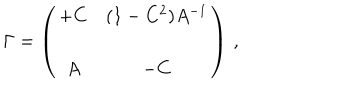
\Gamma = \left( \begin{matrix} { { + C } } & { { ( 1 - C ^ { 2 } ) A ^ { - 1 } } } \\ { { A } } & { { - C } } \\ \end{matrix} \right) \, ,